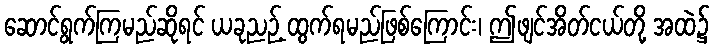
ဆောင်ရွက်ကြမည်ဆိုရင် ယခုညဉ့် ထွက်ရမည်ဖြစ်ကြောင်း၊ ဤဖျင်အိတ်ငယ်တို့ အထဲ၌